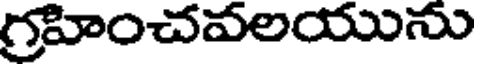
గ్రహించవలయును